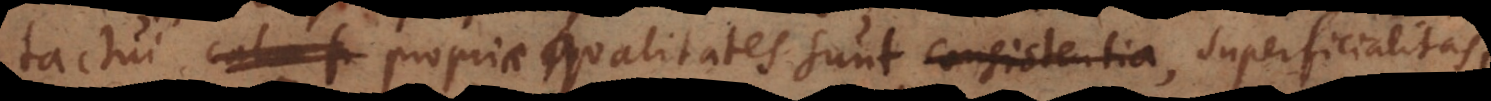
Tactui propriae qualitates sunt consistentia superficialitas,